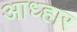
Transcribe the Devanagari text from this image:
आध्हार